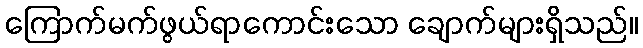
ကြောက်မက်ဖွယ်ရာကောင်းသော ချောက်များရှိသည်။